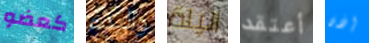
كعضو والبدء اليلة أعتقد إذن